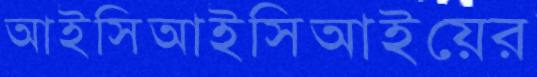
আইসিআইসিআইয়ের